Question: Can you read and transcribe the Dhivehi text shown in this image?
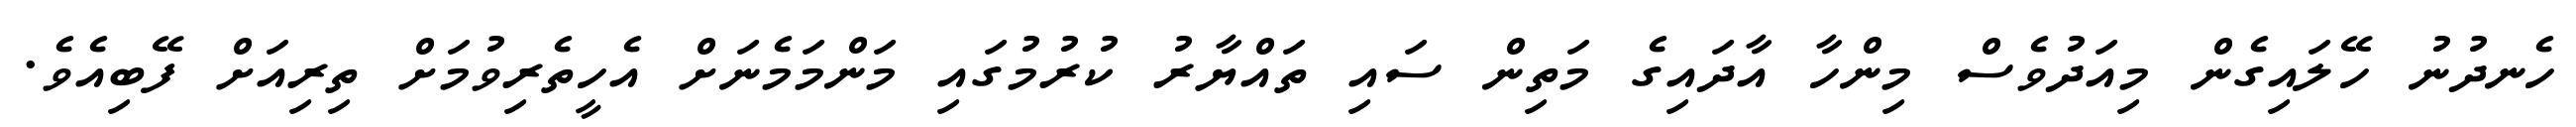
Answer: ހެނދުނު ހޭލައިގެން މިއަދުވެސް މިންހާ އާދައިގެ މަތިން ސައި ތައްޔާރު ކުރުމުގައި މަންމަމެނަށް އެހީތެރިވުމަށް ތިރިއަށް ފޭބިއެވެ.